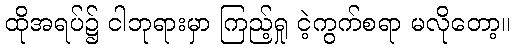
ထိုအရပ်၌ ငါဘုရားမှာ ကြည့်ရှု ငဲ့ကွက်စရာ မလိုတော့။